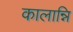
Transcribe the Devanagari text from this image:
कालान्नि